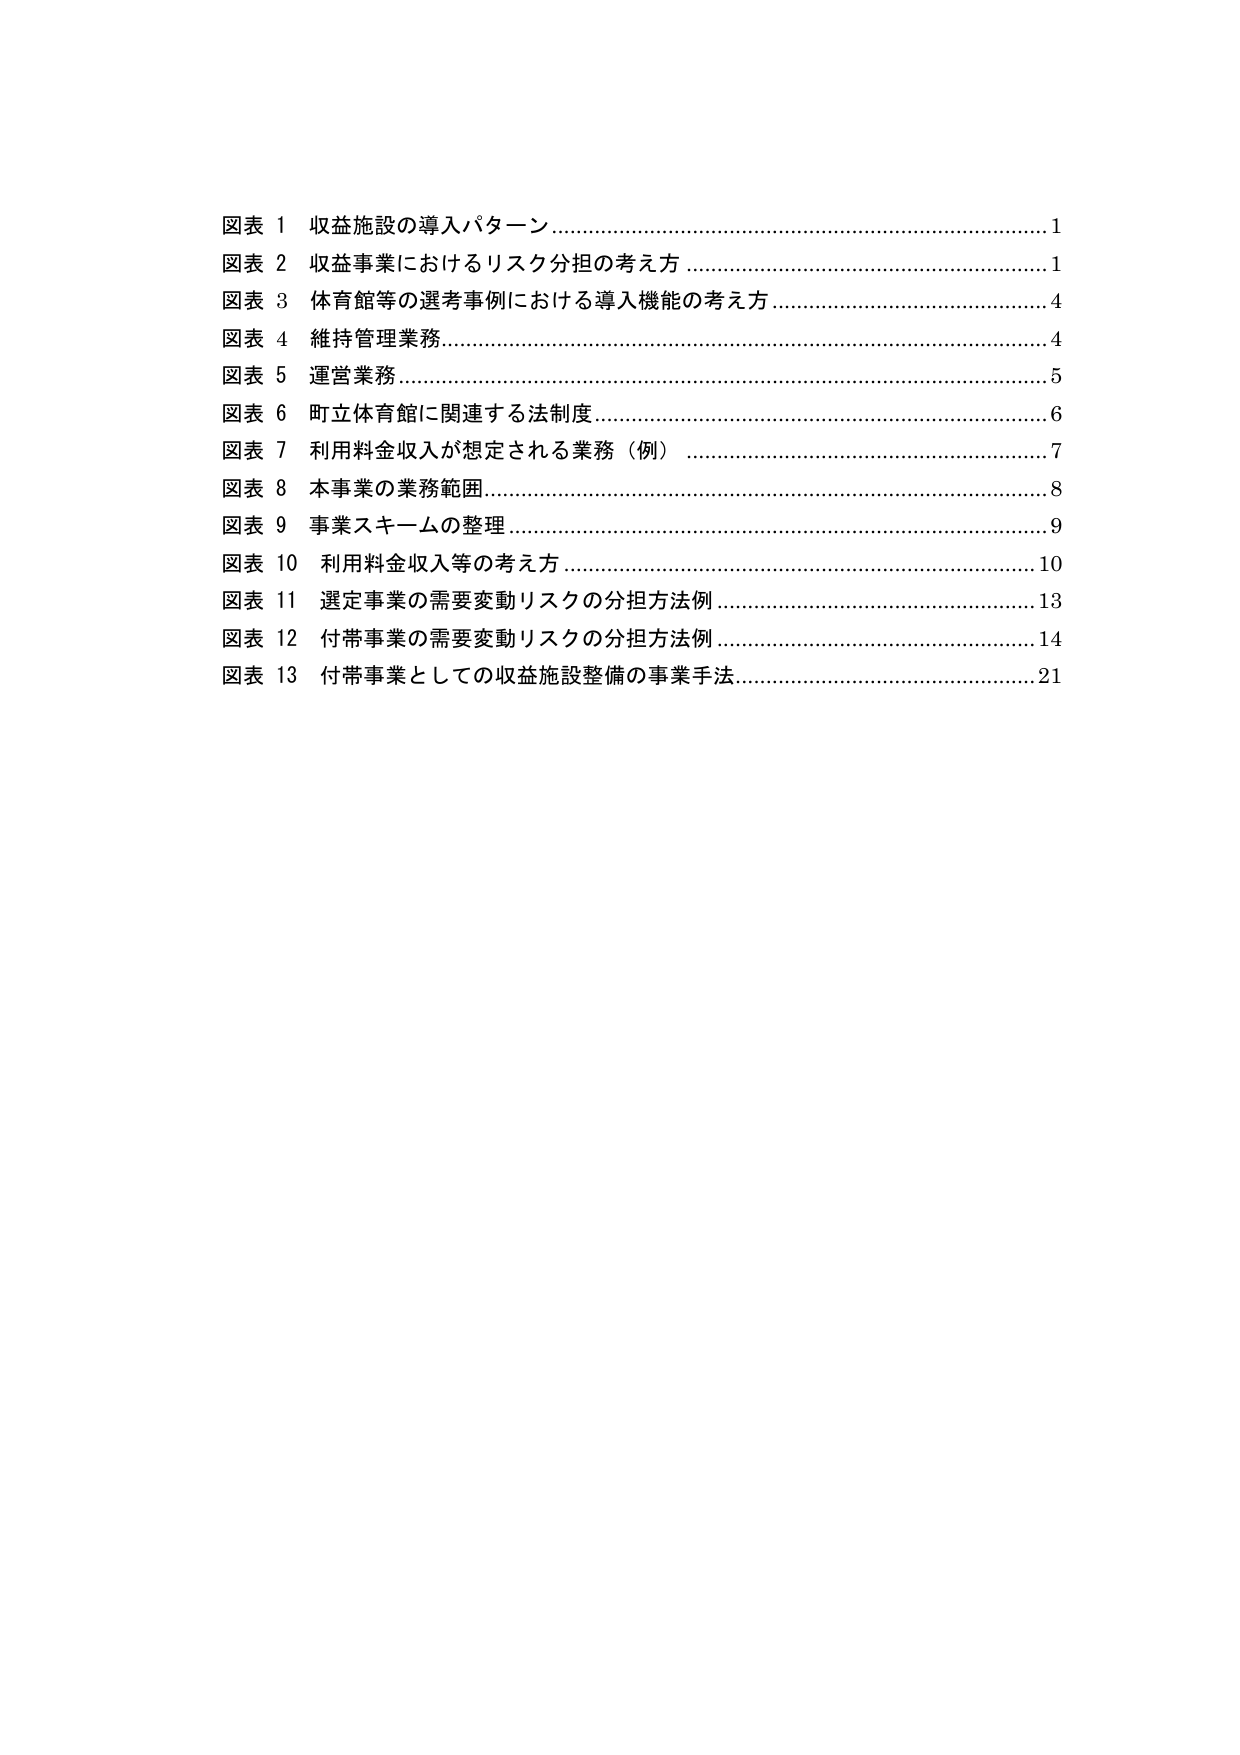
図表 1 収益施設の導入パターン……………………………………………………………1
図表 2 収益事業におけるリスク分担の考え方 …………………………………………1
図表 3 体育館等の選考事例における導入機能の考え方 ……………………………4
図表 4 維持管理業務……………………………………………………………………4
図表 5 運営業務…………………………………………………………………………5
図表 6 町立体育館に関連する法制度…………………………………………………6
図表 7 利用料金収入が想定される業務（例） ………………………………………7
図表 8 本事業の業務範囲………………………………………………………………8
図表 9 事業スキームの整理……………………………………………………………9
図表 10 利用料金収入等の考え方 ……………………………………………………10
図表 11 選定事業の需要変動リスクの分担方法例 …………………………………13
図表 12 付帯事業の需要変動リスクの分担方法例 …………………………………14
図表 13 付帯事業としての収益施設整備の事業手法…………………………………21